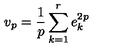
v _ { p } = \frac { 1 } { p } \sum _ { k = 1 } ^ { r } e _ { k } ^ { 2 p }